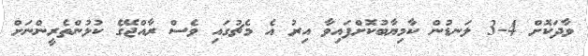
ވާދަކޮށް 4-3 ލަނޑުން ކާމިޔާބުކޮށްފައިވާ އިރު އެ މެޗުގައި ވެސް ރާއްޖޭގެ ކުޅުންތެރީންނަށް